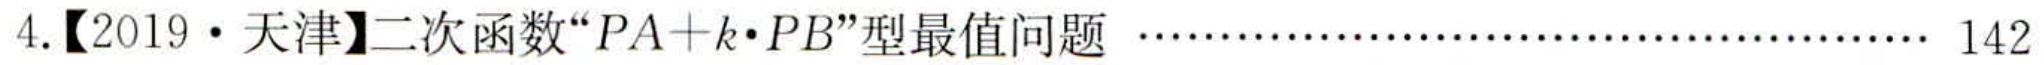
4.【2019·天津】二次函数“\(PA + k\cdot PB\)”型最值问题 ....................................... 142